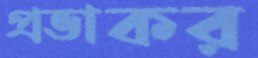
প্রভাকর